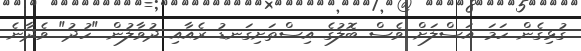
ގުޅިގެން ހަމަ އަސްލަށް ވެސް ބޮލުގެ އިސްތަށިގަނޑު ރެއާއި ދުވާލުން "ހުދު" ވެދާނެ